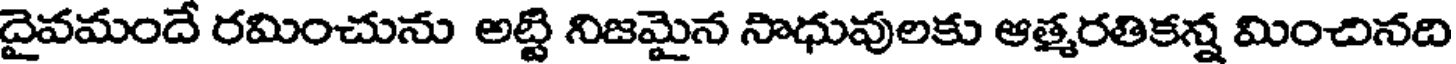
దైవమందే రమించును అట్టి నిజమైన సాధువులకు ఆత్మరతికన్న మించినది